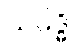
သမိဒ္ဓိ